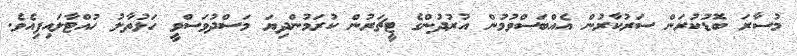
މުސާރަ ބޮޑުކުރަން ސަރުކާރުން އެއްބަސްވުމުން އުރުދުންގެ ޓީޗަރުން ކުރަމުންދިޔަ މަސްދުވަސްވީ ހަޅުތާލު ހުއްޓާލައިފިއެވެ.